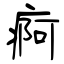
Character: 痾